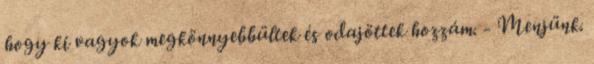
hogy ki vagyok megkönnyebbültek és odajöttek hozzám. - Menjünk.